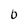
Character: 0